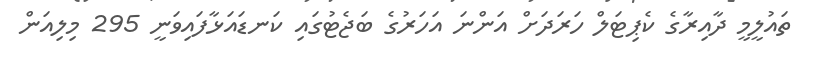
ތައުލީމީ ދާއިރާގެ ކެޕިޓަލް ހަރަދަށް އަންނަ އަހަރުގެ ބަޖެޓުގައި ކަނޑައަޅާފައިވަނީ 295 މިލިއަން